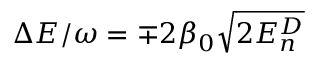
\Delta E / \omega = \mp 2 \beta _ { 0 } \sqrt { 2 E _ { n } ^ { D } }